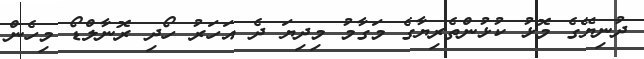
ދުނިޔޭގެ މޮޅު ކުޅުންތެރިޔާގެ މަގާމު މިދިޔަ ދެ އަހަރު ހޯދި ރޮނާލްޑޯ މިހެން